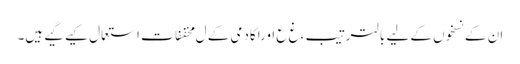
ان کے نسخوں کے لیے بالترتیب ،غ ع اوراکادمی کے ل مخففات استعمال کیے گیے ہیں۔